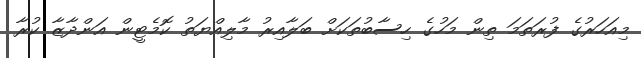
މިއަހަރުގެ ފުރަތަމަ ތިން މަހުގެ ހިސާބުތަކަށް ބަލާއިރު މާލިއްޔަތު ކޮމެޓީން އަންދާޒާ ކުރާ